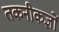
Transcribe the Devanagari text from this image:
तकनीकज्ञों